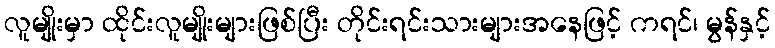
လူမျိုးမှာ ထိုင်းလူမျိုးများဖြစ်ပြီး တိုင်းရင်းသားများအနေဖြင့် ကရင်၊ မွန်နှင့်